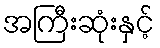
အကြီးဆုံးနှင့်